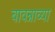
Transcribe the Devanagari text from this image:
बावन्नाव्या